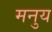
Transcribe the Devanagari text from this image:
मनुय